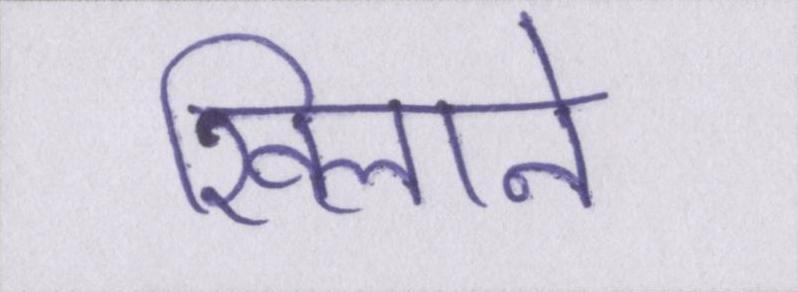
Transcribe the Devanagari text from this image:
खिलाने